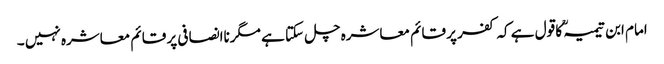
امام ابن تیمیہؒ کا قول ہے کہ کفر پر قائم معاشرہ چل سکتا ہے مگرناانصافی پر قائم معاشرہ نہیں ۔